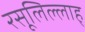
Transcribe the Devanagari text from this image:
रसूलिल्लाह्